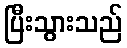
ပြီးသွားသည်